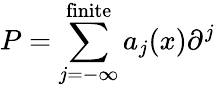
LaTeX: P=\sum_{j=-\infty}^{\mathrm{finite}}a_{j}(x)\partial^{j}